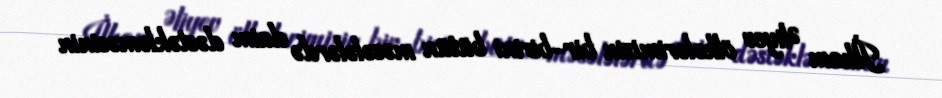
İlham Əliyev ölkələrimizin bir-birini bütün məsələlərdə daim dəstəkləməsinin